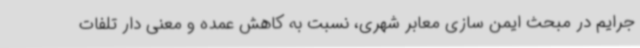
جرایم در مبحث ایمن سازی معابر شهری، نسبت به کاهش عمده و معنی دار تلفات